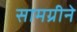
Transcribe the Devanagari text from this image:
सामग्रीने